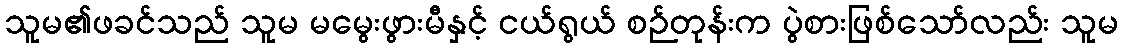
သူမ၏ဖခင်သည် သူမ မမွေးဖွားမီနှင့် ငယ်ရွယ် စဉ်တုန်းက ပွဲစားဖြစ်သော်လည်း သူမ